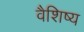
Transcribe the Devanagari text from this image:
वैशिष्य